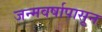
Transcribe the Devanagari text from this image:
जन्मवर्षापासून